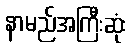
နာမည်အကြီးဆုံး